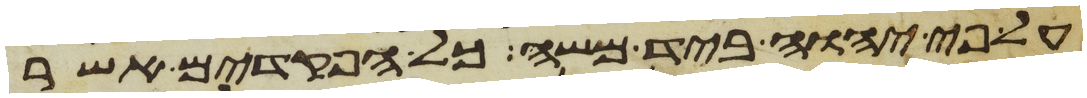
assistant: על פי יהוה ביד משה כל הפקדים אשר